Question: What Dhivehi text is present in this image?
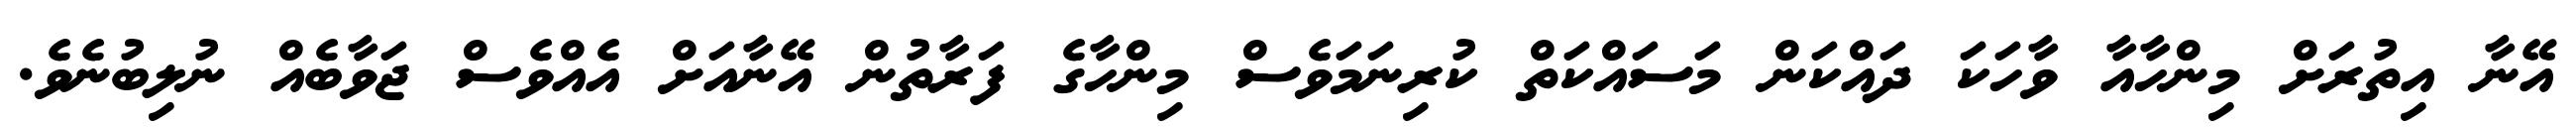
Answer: އޭނާ އިތުރަށް މިންހާއާ ވާހަކަ ދައްކަން މަސައްކަތް ކުރިނަމަވެސް މިންހާގެ ފަރާތުން އޭނާއަށް އެއްވެސް ޖަވާބެއް ނުލިބުނެވެ.